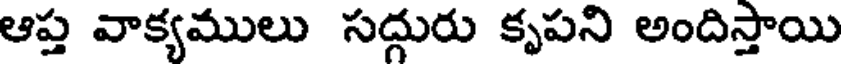
ఆప్త వాక్యములు సద్గురు కృపని అందిస్తాయి